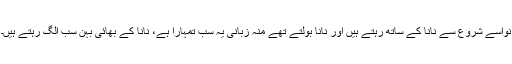
نواسے شروع سے نانا کے ساتھ رہتے ہیں اور نانا بولتے تھے منہ زبانی یہ سب تمہارا ہے، نانا کے بھائی بہن سب الگ رہتے ہیں۔